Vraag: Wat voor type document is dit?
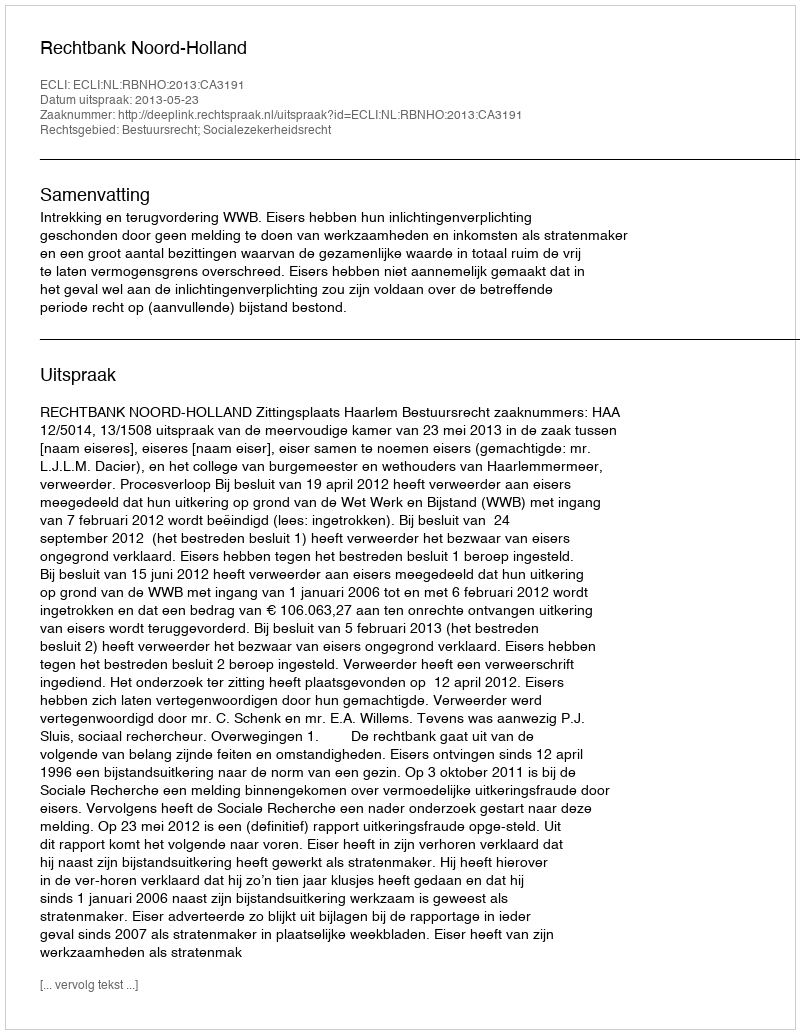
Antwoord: Uitspraak